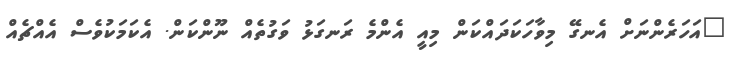
"އަހަރެންނަށް އެނގޭ މިވާހަކަދައްކަން މިއީ އެންމެ ރަނގަޅު ވަގުތެއް ނޫންކަން. އެކަމަކުވެސް އެއްޗެއް